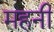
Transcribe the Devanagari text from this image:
महनी